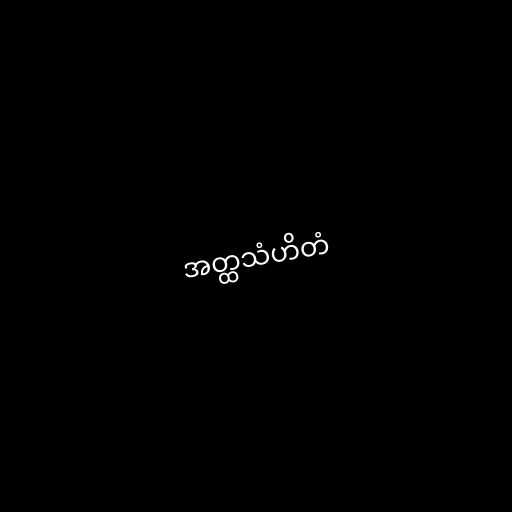
အတ္ထသံဟိတံ